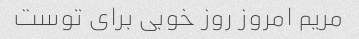
مریم امروز روز خوبی برای توست